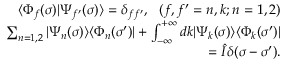
\begin{array} { r l r } & { } & { \langle \Phi _ { f } ( \sigma ) | \Psi _ { f ^ { \prime } } ( \sigma ) \rangle = \delta _ { f f ^ { \prime } } , \, \, \, \, ( f , f ^ { \prime } = n , k ; n = 1 , 2 ) } \\ & { } & { \sum _ { n = 1 , 2 } | \Psi _ { n } ( \sigma ) \rangle \langle \Phi _ { n } ( \sigma ^ { \prime } ) | + \int _ { - \infty } ^ { + \infty } d k | \Psi _ { k } ( \sigma ) \rangle \langle \Phi _ { k } ( \sigma ^ { \prime } ) | } \\ & { } & { = \hat { I } \delta ( \sigma - \sigma ^ { \prime } ) . } \end{array}